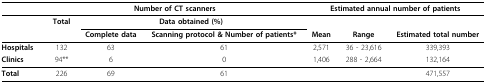
<table><thead><tr><td></td><td colspan="3"><b>Number of CT scanners</b></td><td colspan="3"><b>Estimated annual number of patients</b></td></tr><tr><td></td><td><b>Total</b></td><td colspan="2"><b>Data obtained (%)</b></td><td></td><td></td><td></td></tr><tr><td></td><td></td><td><b>Complete data</b></td><td><b>Scanning protocol &amp; Number of patients *</b></td><td><b>Mean</b></td><td><b>Range</b></td><td><b>Estimated total number</b></td></tr></thead><tbody><tr><td><b>Hospitals</b></td><td>132</td><td>63</td><td>61</td><td>2,571</td><td>36 - 23,616</td><td>339,393</td></tr><tr><td><b>Clinics</b></td><td>94 **</td><td>6</td><td>0</td><td>1,406</td><td>288 - 2,664</td><td>132,164</td></tr><tr><td><b>Total</b></td><td>226</td><td>69</td><td>61</td><td></td><td></td><td>471,557</td></tr></tbody></table>